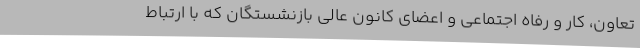
تعاون، کار و رفاه اجتماعی و اعضای کانون عالی بازنشستگان که با ارتباط